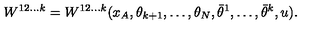
W ^ { 1 2 \ldots k } = W ^ { 1 2 \ldots k } ( x _ { A } , \theta _ { k + 1 } , \ldots , \theta _ { N } , \bar { \theta } ^ { 1 } , \ldots , \bar { \theta } ^ { k } , u ) .